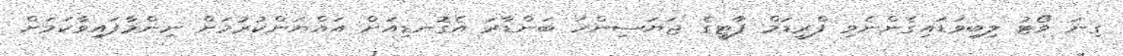
ގިނަ ވޯޓު ލިބިވަޑައިގެންނެވި ފްރީޑަމް ޕާޓީގެ ޖަޔަސިންހަ ބަންޑާރަ އެގޮނޑިއަށް އައްޔަންކުރުމަށް ނިންމާފައިވާކަމަށް